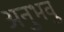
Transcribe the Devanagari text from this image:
अनुभवु